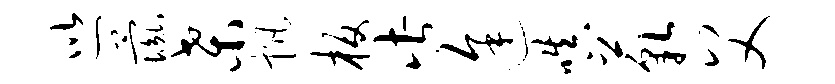
巡彘桑帆板此途嗔藐父